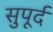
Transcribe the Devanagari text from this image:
सुुपूर्द